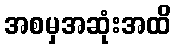
အစမှအဆုံးအထိ